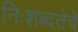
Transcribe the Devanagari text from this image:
निःशब्दतेचे